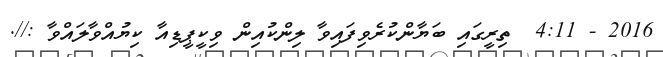
2016 - 4:11  ތިރީގައި ބަޔާންކުރެވިފައިވާ ލިންކުއިން ވިކީޕީޑިއާ ކިޔުއްވާލައްވާ ://.